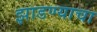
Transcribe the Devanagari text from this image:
झाडण्याचा